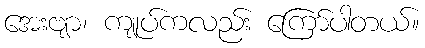
အေးဗျာ၊ ကျုပ်ကလည်း ကြော်ပါတယ်။